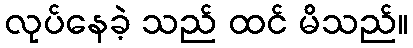
လုပ်နေခဲ့ သည် ထင် မိသည်။